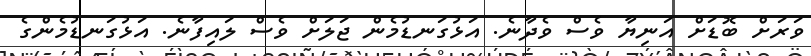
ވަރަށް ބޮޑަށް އަނިޔާ ވެސް ވެދާނެ. އަޅުގަނޑުމެން ޖަލަށް ވެސް ލައިފާނެ. އަޅުގަނޑުމެންގެ